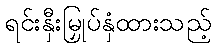
ရင်းနှီးမြှုပ်နှံထားသည့်